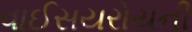
વાઈસયરોયની